Bréfritari: Bjarni Arngrímsson
Viðtakandi: Jón Borgfirðings Jónsson
Dagsetning: A-1866-05-09
Skrifað á: Vöglum, Hörgárdal  S-Þing.
Óvíst

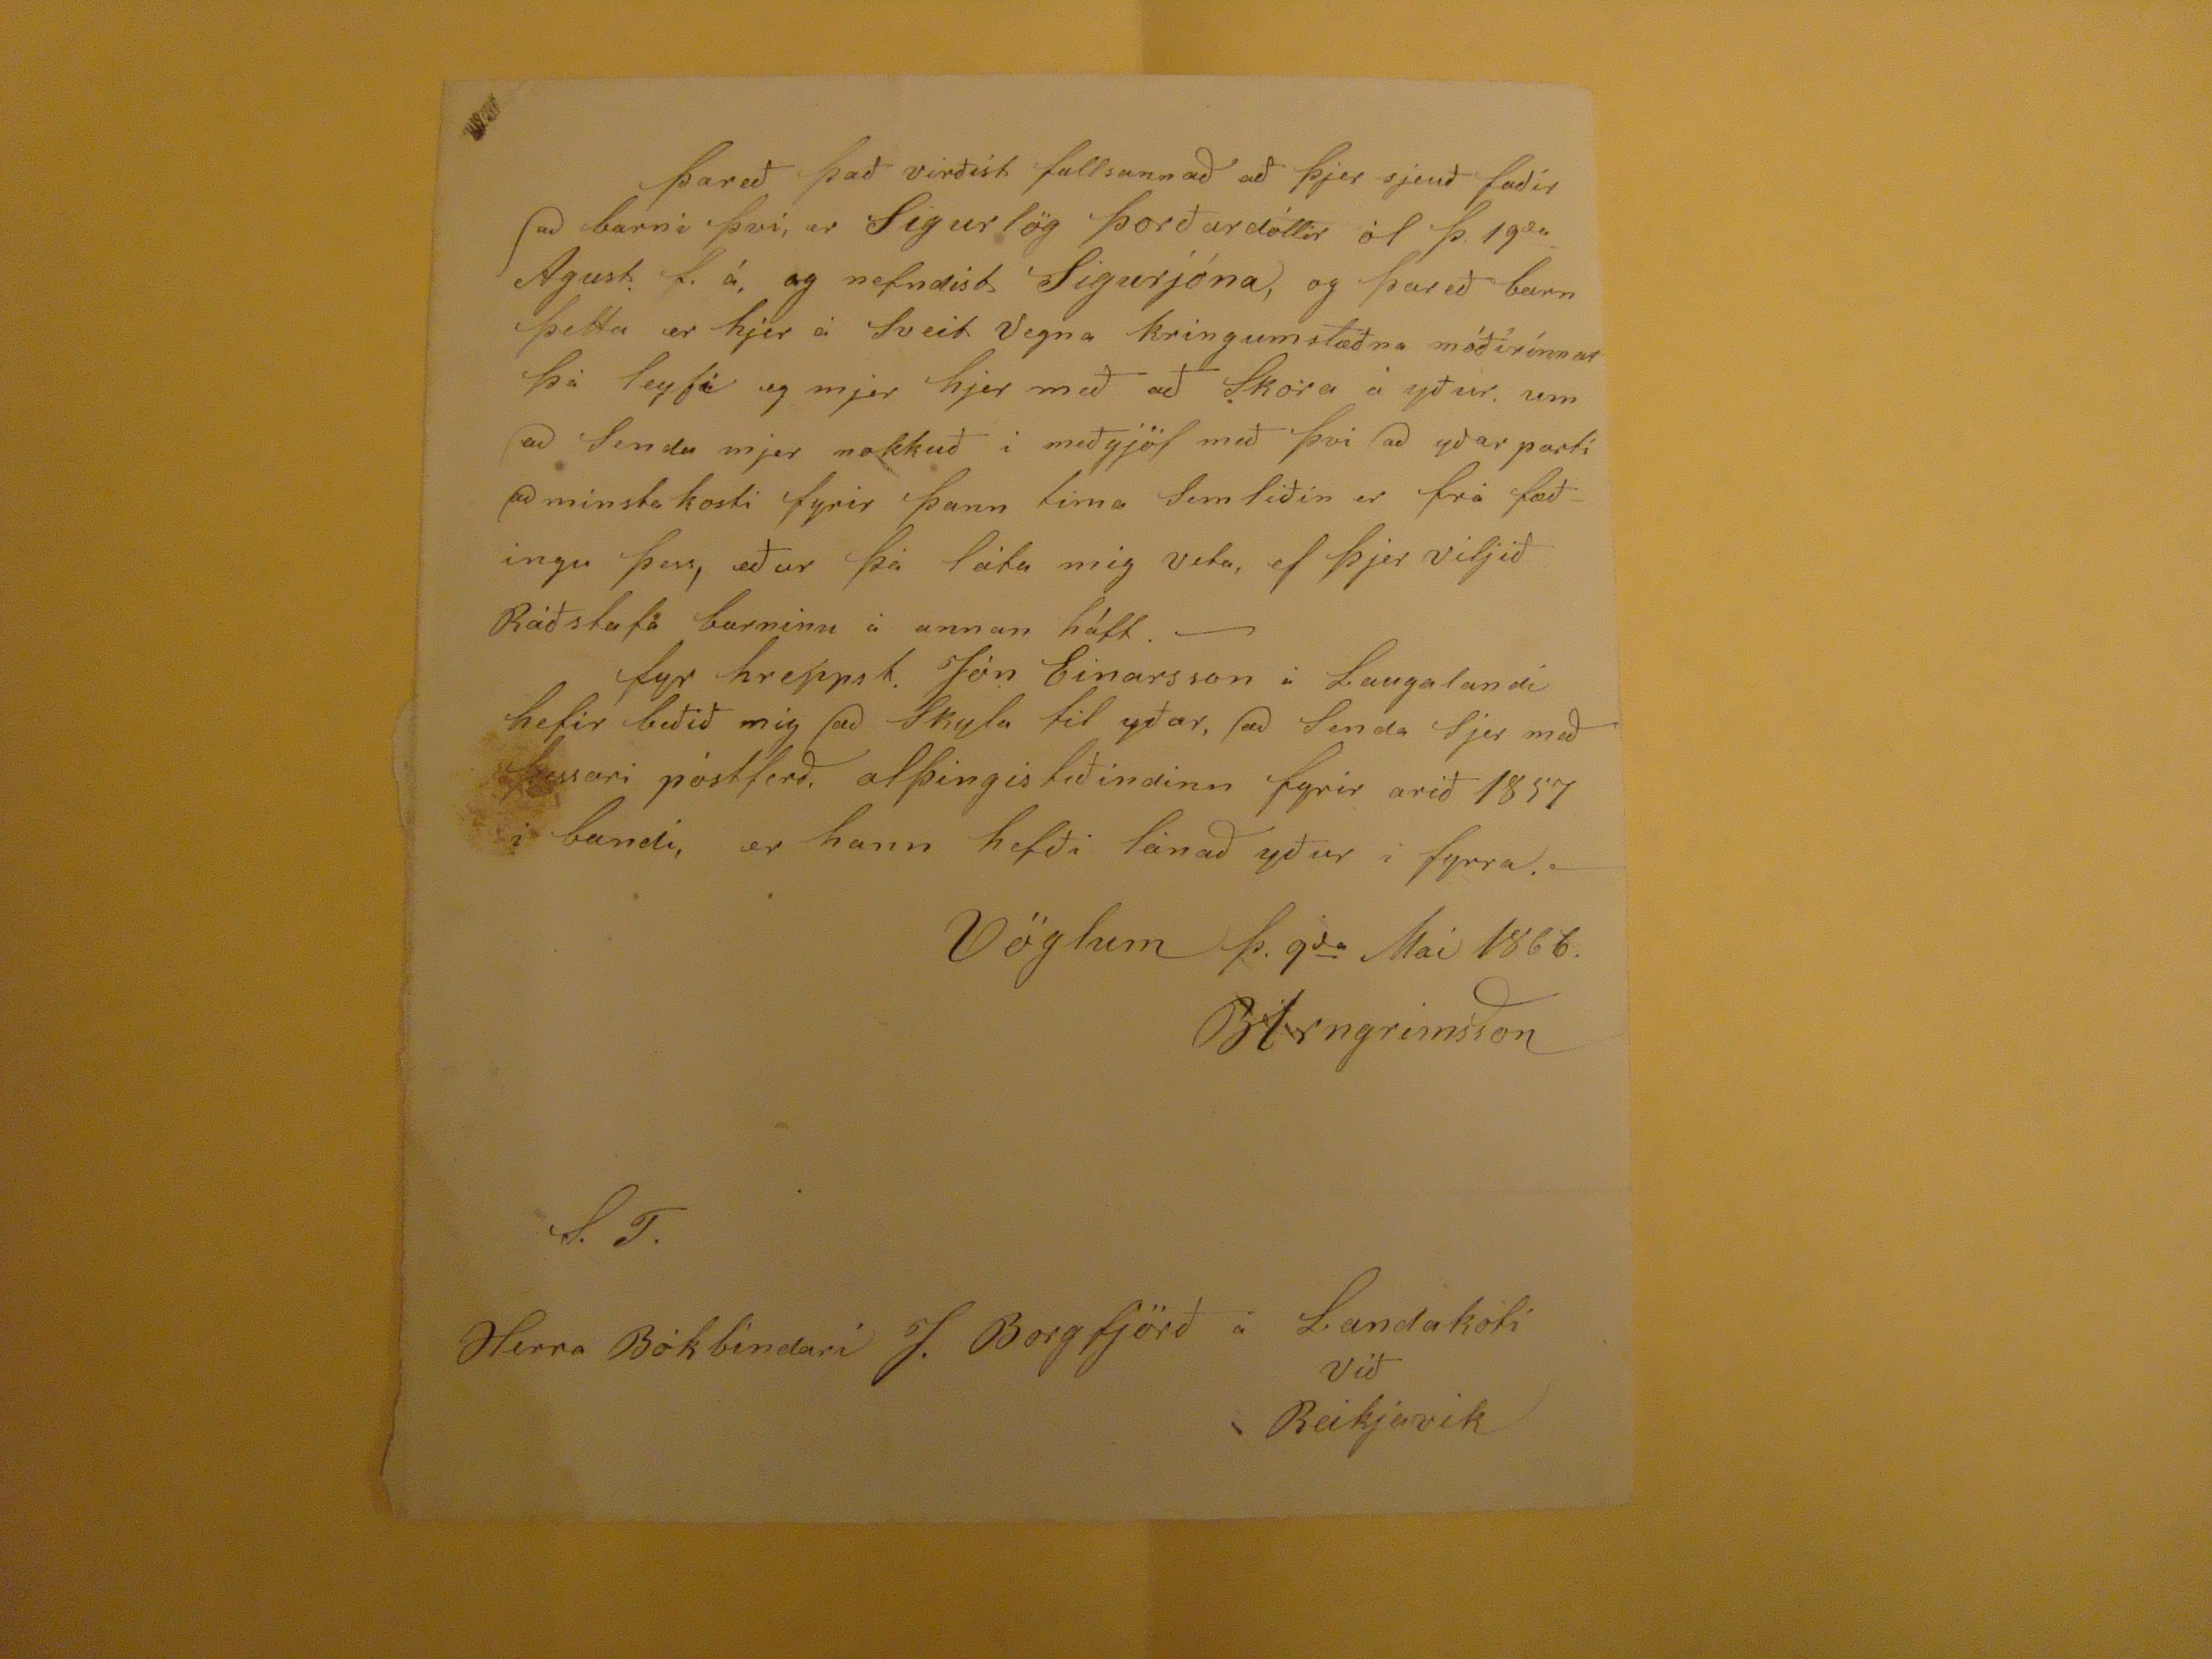

þareð það virðist fullsannað að þjer sjeuð faðir að barni þvi, er Sigurlög þorðardóttir ól þ. 19
du
Agust. f.á, og nefndist Sigurjóna, og þareð barn þetta er hjer á Sveit Vegna kringumstæðna móðurínnar þá leyfi eg mjer hjer með að Skora á yður um að Senda mjer nokkuð i meðgjöf með þvi að yðar parti að minsta kosti fyrir þann tima sem liðin er frá fæðingu þess, eður þá láta mig veta, ef þjer viljið Ráðstafa barninu á annan hátt. - fyr hreppst. Jón Einarsson á Laugalandi hefir beðið mig að skyla til yðar, að snda sjer með þessari póstferð. alþingistiðindinn fyrir arið 1857 i bandi, er hann hefði lánað yður í fyrra.-
Vöglum þ. 9
da
Mai 1866.
BArngrimsson
S.T.
Herra Bókbindari J. Borgfjörð á Landakoti við Reikjavik